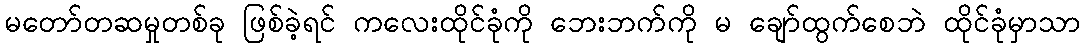
မတော်တဆမှုတစ်ခု ဖြစ်ခဲ့ရင် ကလေးထိုင်ခုံကို ဘေးဘက်ကို မ ချော်ထွက်စေဘဲ ထိုင်ခုံမှာသာ